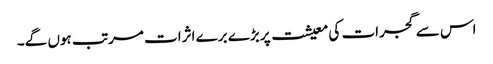
اس سے گجرات کی معیشت پر بڑے برے اثرات مرتب ہوں گے۔